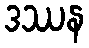
ဒဿန